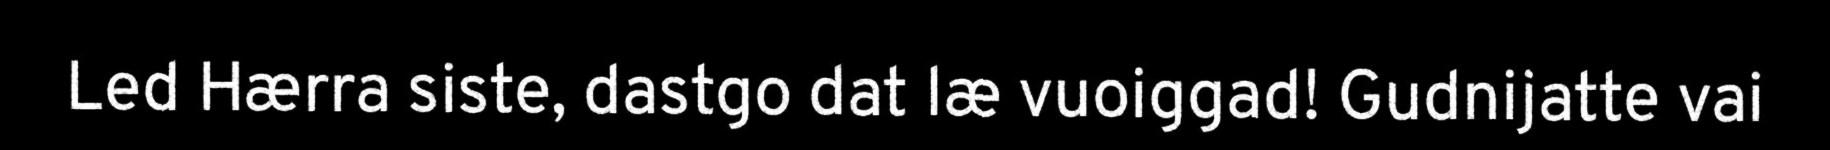
Led Hærra siste, dastgo dat læ vuoiggad! Gudnijatte vai